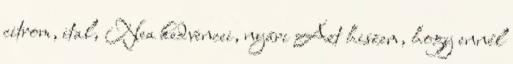
citrom, ital, Nea kedvencei, nyári Azt hiszem, hogy ennél